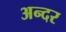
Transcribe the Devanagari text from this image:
अन्दर